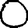
Digit: 0